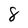
Character: 8